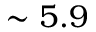
\sim 5 . 9